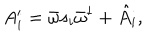
A _ { i } ^ { \prime } = \bar { \omega } s _ { i } \bar { \omega } ^ { \dagger } + \hat { A } _ { i } ,